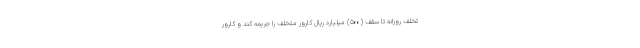
تخلف روزانه تا سقف (۵۰۰) میلیارد ریال کارور متخلف را جریمه کند و کارور